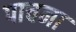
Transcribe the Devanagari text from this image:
पाचना